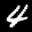
Label: 4